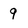
Character: 9